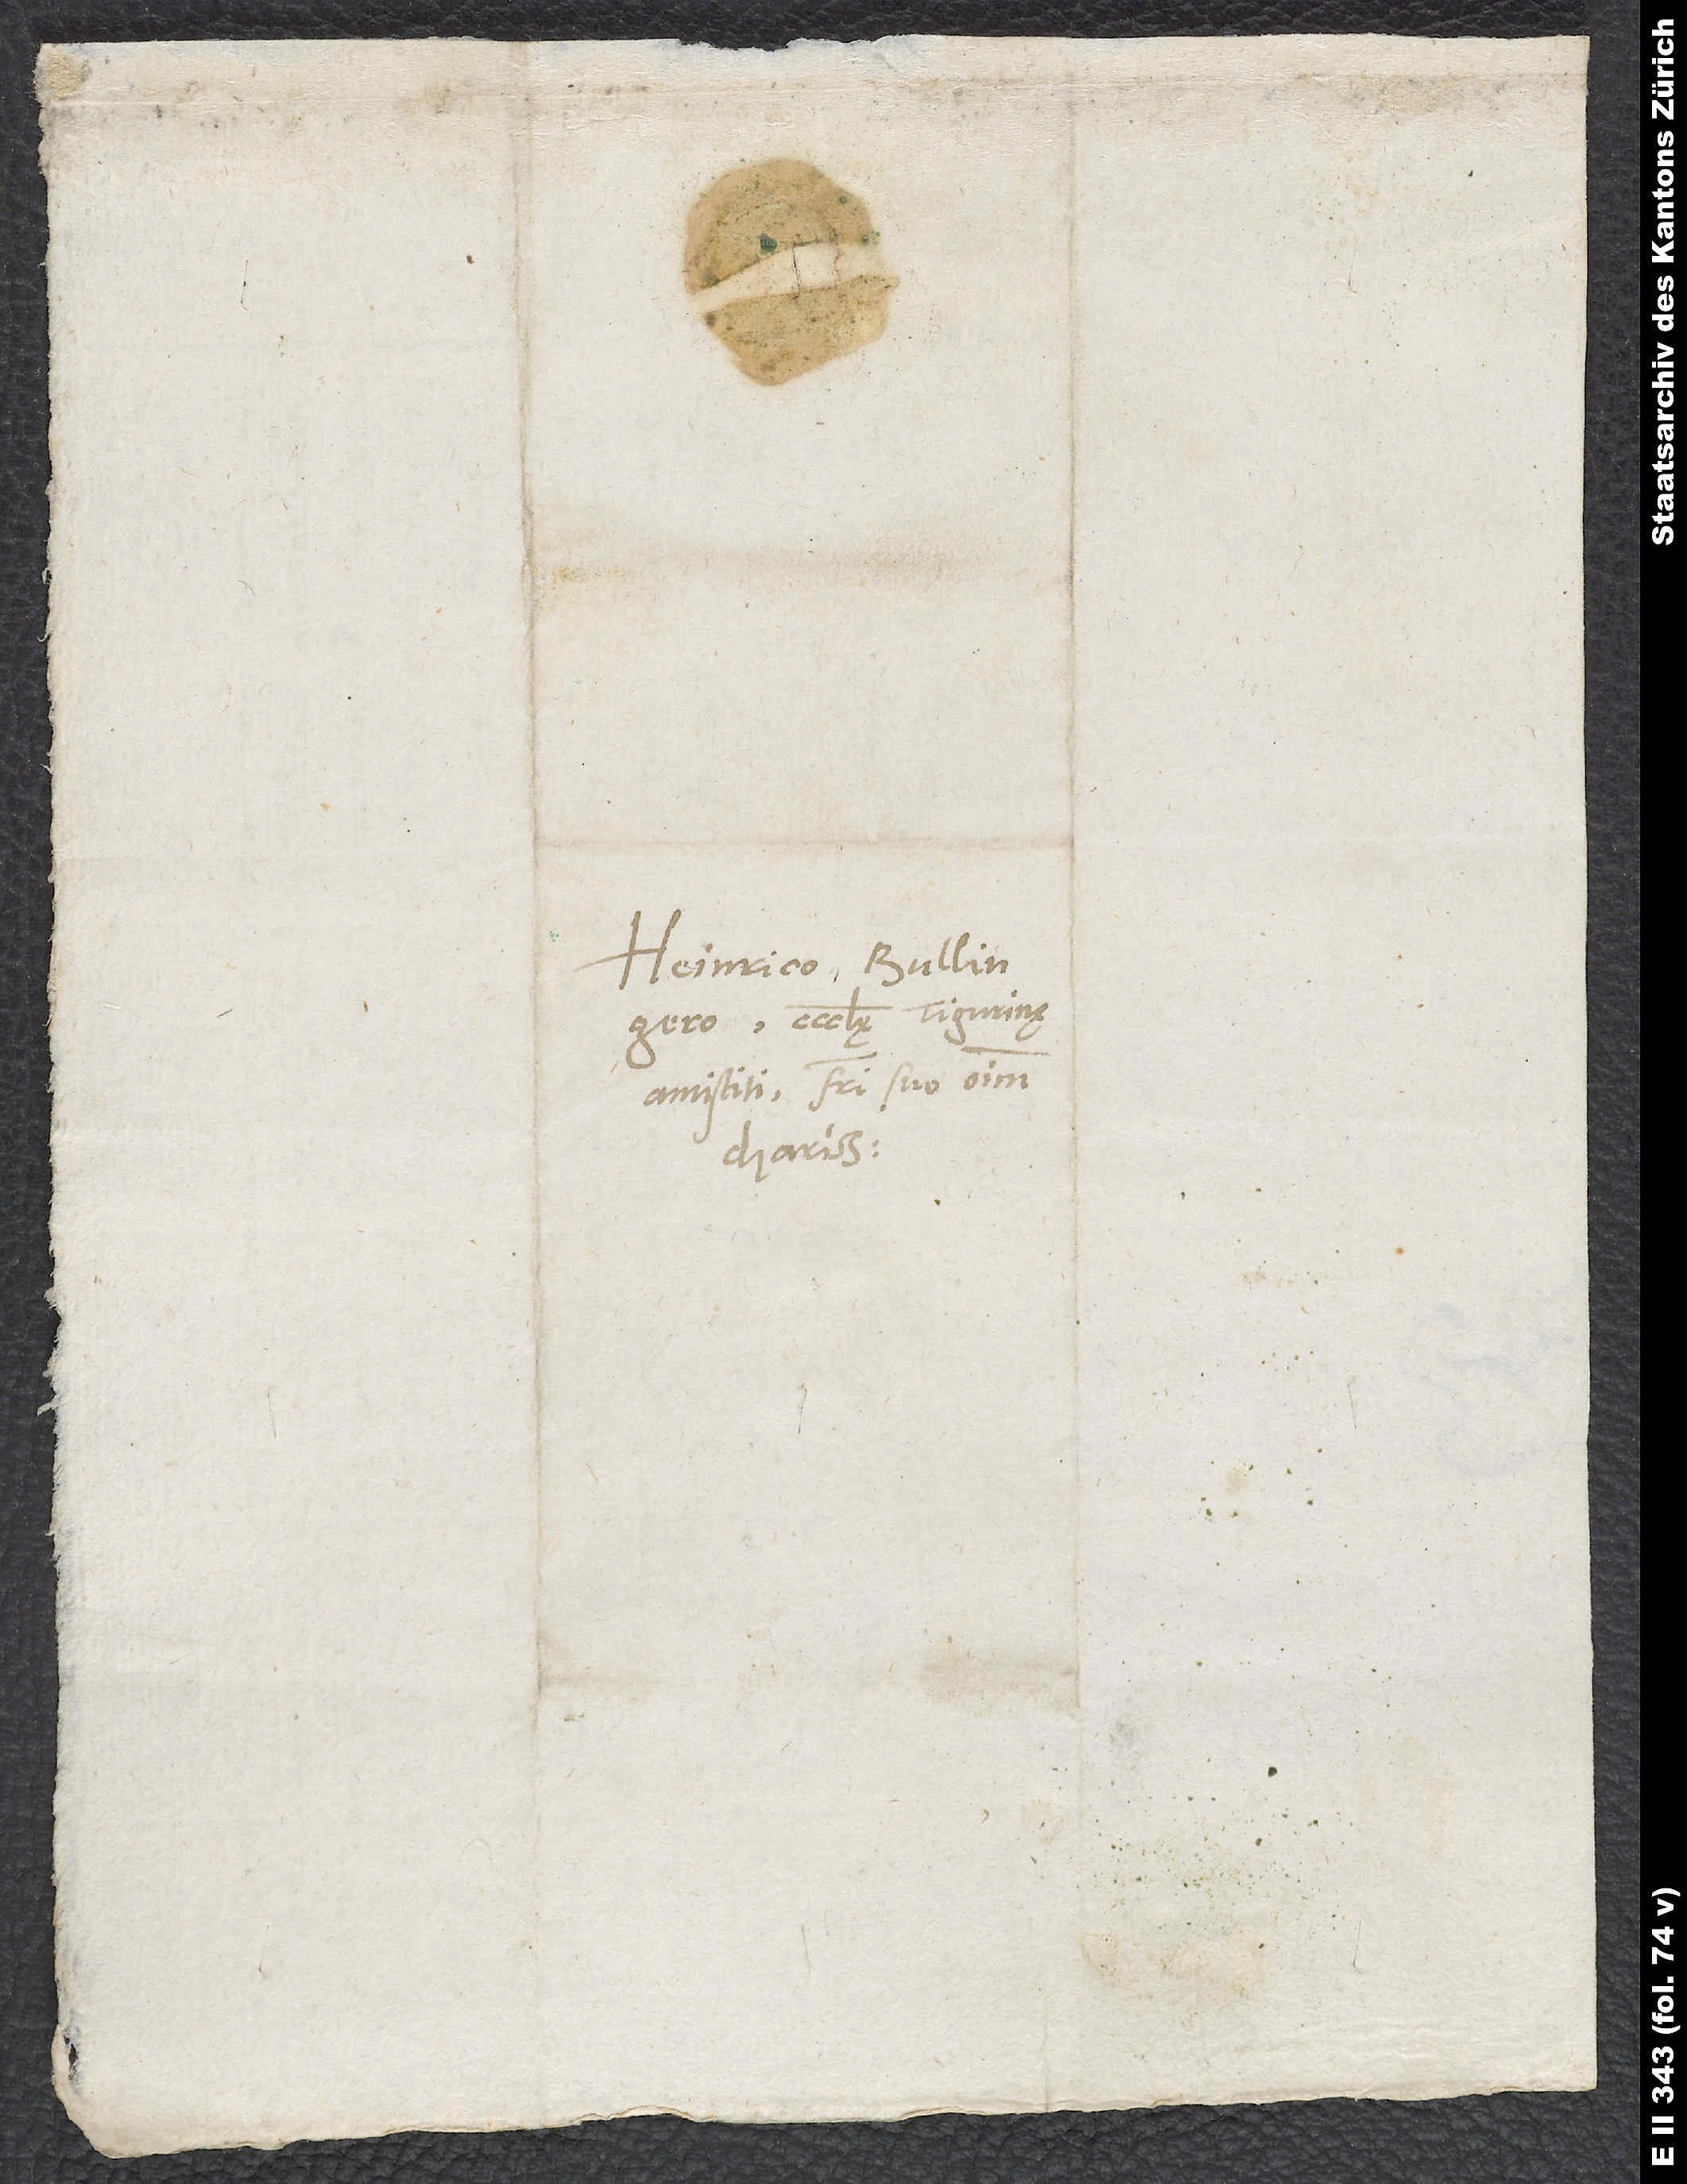
Heinrico Bullingero,
ecclesię Tigurinę
antistiti, fratri suo omnium
charissimo.